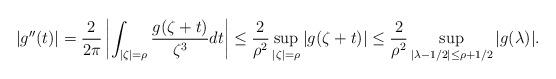
LaTeX: \begin{align*}|g''(t)|=\frac{2}{2\pi}\left|\int_{|\zeta|=\rho}\frac{g(\zeta+t)}{\zeta^3}dt\right|\leq\frac{2}{\rho^2}\sup_{|\zeta|=\rho}|g(\zeta+t)|\leq\frac{2}{\rho^2}\sup_{|\lambda-1/2|\leq\rho+1/2}|g(\lambda)|.\end{align*}